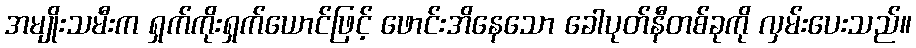
အမျိုးသမီးက ရှက်ကိုးရှက်ယောင်ဖြင့် ဖောင်းအိနေသော ခေါပုတ်နီတစ်ခုကို လှမ်းပေးသည်။